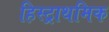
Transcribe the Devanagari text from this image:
हिस्ट्राथमिक